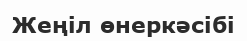
Жеңіл өнеркәсібі